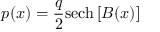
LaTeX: p ( x ) = { \frac { q } { 2 } } \mathrm { s e c h } \left[ B ( x ) \right]